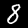
Label: 8